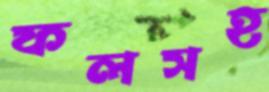
ফলসহ